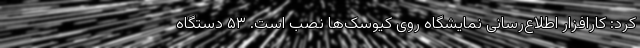
کرد: کارافزار اطلاع‌رسانی نمایشگاه روی کیوسک‌ها نصب است. ۵۳ دستگاه